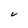
Character: V